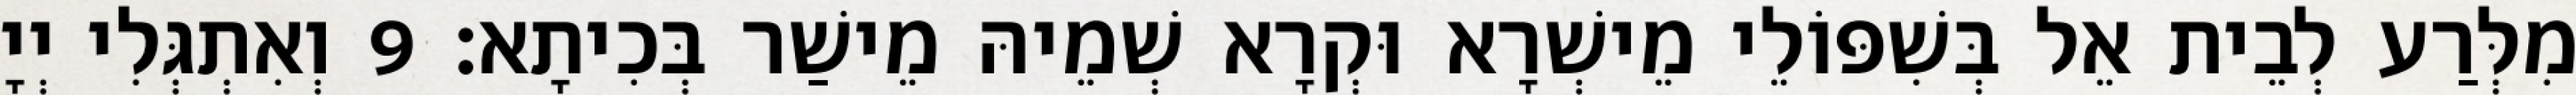
מִלְּרַע לְבֵית אֵל בְּשִׁפּוֹלֵי מֵישְׁרָא וּקְרָא שְׁמֵיהּ מֵישַׁר בְּכִיתָא׃ 9 וְאִתְגְּלִי יְיָ